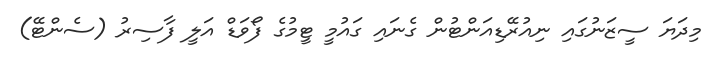
މިދަޔަ ސީޒަނުގައި ނިއުރޭޑިއަންޓުން ގެނައި ގައުމީ ޓީމުގެ ފޯވަޑް އަލީ ފާސިރު (ސެންޓޭ)